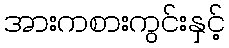
အားကစားကွင်းနှင့်